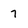
Character: 7